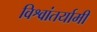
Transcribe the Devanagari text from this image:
विश्वांतर्यामी